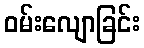
ဝမ်းလျောခြင်း